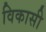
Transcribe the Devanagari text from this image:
विकासी